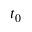
t _ { 0 }